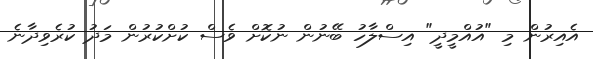
އެއިރުން މި "އުއްމީދީ" އިސްލާހު ބޭނުން ނުކޮށް ވެސް ކުށްކުރުން މަދު ކުރެވިދާނެ